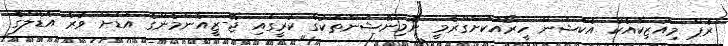
ރެޕް މިއުޒިކާއެކު އެކްޝަން ހީރޯއަކަށްގްރެމީ ނޮމިނޭޝަންތަކުގެ ކުރީގައި ޖޭ-ޒީއެންމެންގެ އަޑަށް ވުރެ އެޑެލްގެ